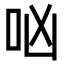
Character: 㕳